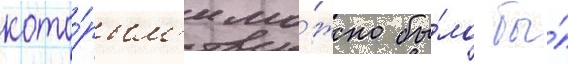
кото́рым'и мо́жно бы́ло бы́